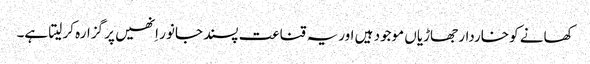
کھانے کو خاردار جھاڑیاں موجود ہیں اوریہ قناعت پسند جانور اِنھیں پر گزارہ کر لیتا ہے۔